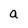
Character: a